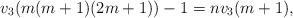
LaTeX: \begin{align*}v_3(m(m+1)(2m+1))-1=n v_3(m+1),\end{align*}